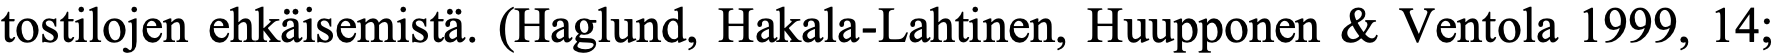
tostilojen ehkäisemistä. (Haglund, Hakala-Lahtinen, Huupponen & Ventola 1999, 14;